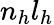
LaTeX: n_{h}l_{h}